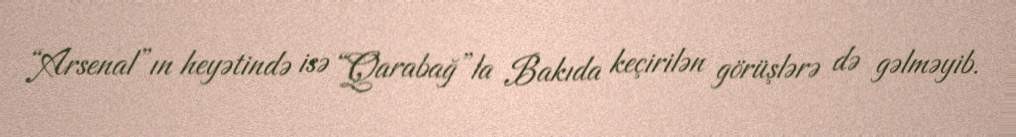
“Arsenal”ın heyətində isə “Qarabağ”la Bakıda keçirilən görüşlərə də gəlməyib.